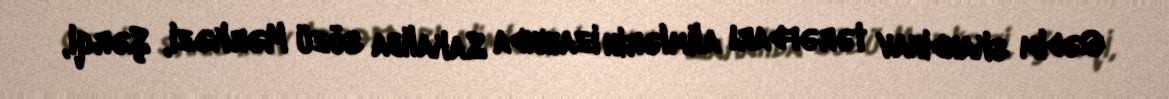
Qədim skandinav tərəfdarı alimlərin izahında Sakaliba sözü Mərkəzi, Şərqi,